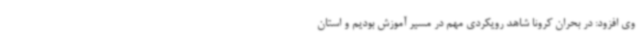
وی افزود: در بحران کرونا شاهد رویکردی مهم در مسیر آموزش بودیم و استان